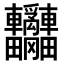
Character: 𨐄